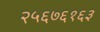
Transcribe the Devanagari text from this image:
२५६७६१६३